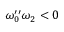
\omega _ { 0 } ^ { \prime \prime } \omega _ { 2 } < 0